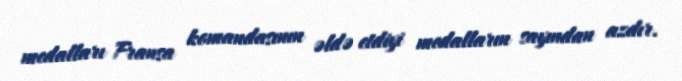
medalları Fransa komandasının əldə etdiyi medalların sayından azdır.